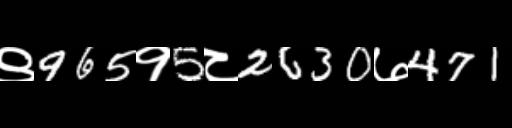
Text: ९965१5८2630७471